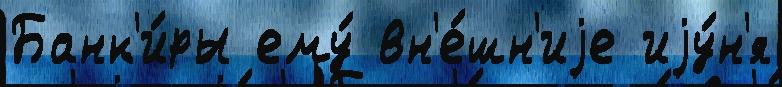
Банк'и́ры ему́ вн'е́шн'иjе иjу́н'я